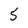
Character: 5